Annual administration report of the Civil Veterinary Department of India - 1898-1899
Year: 1898
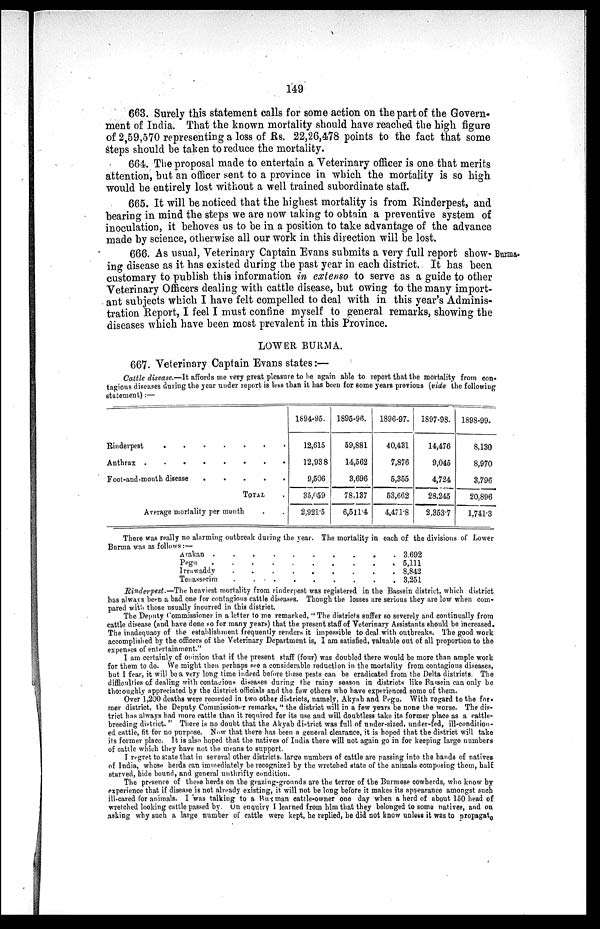
149
663. Surely this statement calls for some action on the part of the Govern-
ment of India. That the known mortality should have reached the high figure
of 2,59,570 representing a loss of Rs. 22,26,478 points to the fact that some
steps should be taken to reduce the mortality.
664. The proposal made to entertain a Veterinary officer is one that merits
attention, but an officer sent to a province in which the mortality is so high
would be entirely lost without a well trained subordinate staff.
665. It will be noticed that the highest mortality is from Rinderpest, and
bearing in mind the steps we are now taking to obtain a preventive system of
inoculation, it behoves us to be in a position to take advantage of the advance
made by science, otherwise all our work in this direction will be lost.
Burma.
666. As usual, Veterinary Captain Evans submits a very full report show-
ing disease as it has existed during the past year in each district. It has been
customary to publish this information in extenso to serve as a guide to other
Veterinary Officers dealing with cattle disease, but owing to the many import-
ant subjects which I have felt compelled to deal with in this year's Adminis-
tration Report, I feel I must confine myself to general remarks, showing the
diseases which have been most prevalent in this Province.
LOWER BURMA.
667. Veterinary Captain Evans states:—
Cattle disease.—It affords me very great pleasure to be again able to report that the mortality from con-
tagious diseases during the year under report is less than it has been for some years previous (vide the following
statement):—
Rinderpest
.
.
.
.
.
.
.
Anthrax . . . . . . . .
Foot-and-mouth disease
TOTAL .
Average mortality per month . .
1894-95.
12,615
12,938
9,506
35,059
2,921.5
1895-96.
59,881
14,562
3,696
78,137
6,511.4
1896-97.
40,431
7,876
5,355
53,662
4,471.8
1897-98.
14,476
9,045
4,724
28,245
2,353.7
1898-99.
8,130
8,970
3,796
20,896
1,741.3
There was really no alarming outbreak during the year. The mortality in each of the divisions of Lower
Burma was as follows:—
Arakan .
Pegu
Irrawaddy
Tenasserim
.
.
.
.
.
.
.
.
.
.
.
.
.
.
.
.
.
.
.
.
.
.
.
.
.
.
.
.
.
.
.
.
.
.
.
.
3,692
5,111
8,842
3,251
Rinderpest.—The heaviest mortality from rinderpest was registered in the Bassein district, which district
has always been a bad one for contagious cattle diseases. Though the losses are serious they are low when com-
pared with those usually incurred in this district.
The Deputy Commissioner in a letter to me remarked, " The districts suffer so severely and continually from
cattle disease (and have done so for many years) that the present staff of Veterinary Assistants should be increased.
The inadequacy of the establishment frequently renders it impossible to deal with outbreaks. The good work
accomplished by the officers of the Veterinary Department is, I am satisfied, valuable out of all proportion to the
expenses of entertainment."
I am certainly of opinion that if the present staff (four) was doubled there would be more than ample work
for them to do. We might then perhaps see a considerable reduction in the mortality from contagions diseases,
but I fear, it will be a very long time indeed before these pests can be eradicated from the Delta districts. The
difficulties of dealing with contagious diseases during the rainy season in districts like Bassein can only be
thoroughly appreciated by the district officials and the few others who have experienced some of them.
Over 1,200 deaths were recorded in two other districts, namely, Akyab and Pegu. With regard to the for.
mer district, the Deputy Commissioner remarks, " the district will in a few years be none the worse. The dis-
trict has always had more cattle than it required for its use and will doubtless take its former place as a cattle-
breeding district. " There is no doubt that the Akyab district was full of under-sized, under-fed, ill-condition-
ed cattle, fit for no purpose. Now that there has been a general clearance, it is hoped that the district will take
its former place. It is also hoped that the natives of India there will not again go in for keeping large numbers
of cattle which they have not the means to support.
I regret to state that in several other districts, large numbers of cattle are passing into the hands of natives
of India, whose herds can immediately be recognized by the wretched state of the animals composing them, half
starved, hide bound, and general unthrifty condition.
The presence of these herds on the grazing-grounds are the terror of the Burmese cowherds, who know by
experience that if disease is not already existing, it will not be long before it makes its appearance amongst such
ill-cared for animals. I was talking to a Burman cattle-owner one day when a herd of about 150 head of
wretched looking cattle passed by. On enquiry I learned from him that they belonged to some natives, and on
asking why such a large number of cattle were kept, he replied, he did not know unless it was to propagate